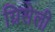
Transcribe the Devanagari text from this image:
ग्रिसेली